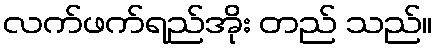
လက်ဖက်ရည်အိုး တည် သည်။